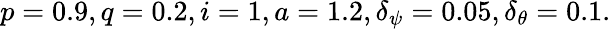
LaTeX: p=0.9,q=0.2,i=1,a=1.2,\delta_{\psi}=0.05,\delta_{\theta}=0.1.